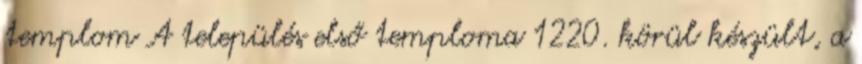
templom A település első temploma 1220. körül készült, a